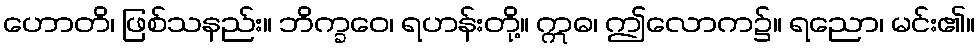
ဟောတိ၊ ဖြစ်သနည်း။ ဘိက္ခဝေ၊ ရဟန်းတို့။ ဣဓ၊ ဤလောက၌။ ရညော၊ မင်း၏။